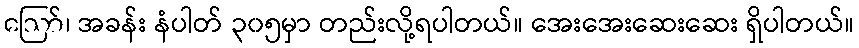
ဪ၊ အခန်း နံပါတ် ၃၀၅မှာ တည်းလို့ရပါတယ်။ အေးအေးဆေးဆေး ရှိပါတယ်။